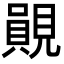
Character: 䚋